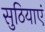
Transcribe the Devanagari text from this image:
सुठियाएं